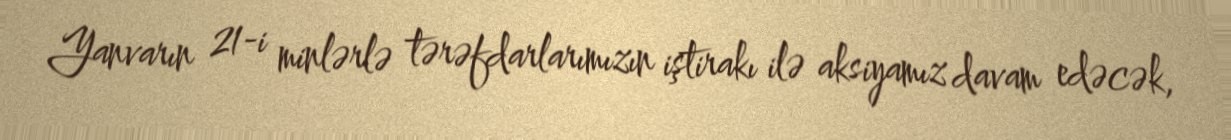
Yanvarın 21-i minlərlə tərəfdarlarımızın iştirakı ilə aksiyamız davam edəcək,